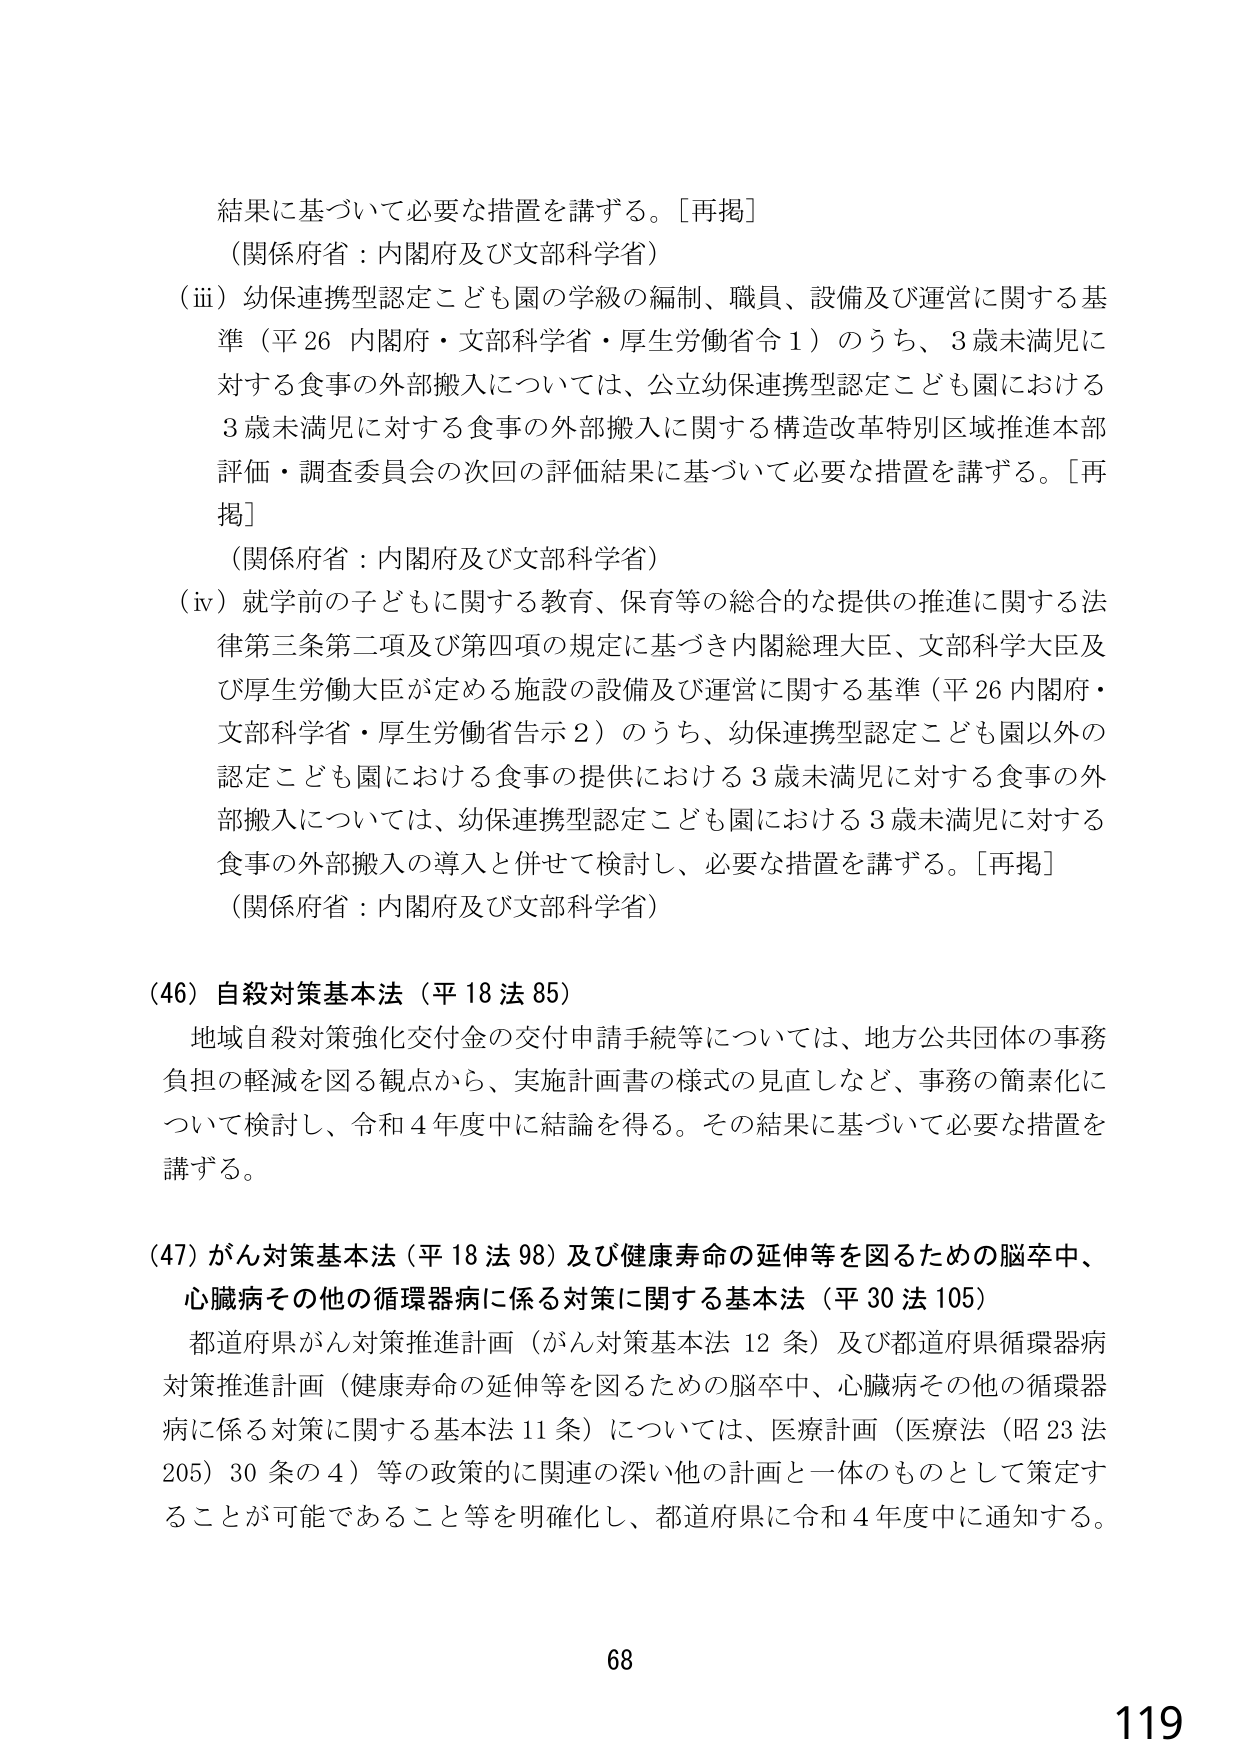
結果に基づいて必要な措置を講ずる。［再掲］
（関係府省：内閣府及び文部科学省）
（ⅲ）幼保連携型認定こども園の学級の編制、職員、設備及び運営に関する基準（平26 内閣府・文部科学省・厚生労働省令1）のうち、3歳未満児に対する食事の外部搬入については、公立幼保連携型認定こども園における3歳未満児に対する食事の外部搬入に関する構造改革特別区域推進本部評価・調査委員会の次回の評価結果に基づいて必要な措置を講ずる。［再掲］
（関係府省：内閣府及び文部科学省）
（ⅳ）就学前の子どもに関する教育、保育等の総合的な提供の推進に関する法律第三条第二項及び第四項の規定に基づき内閣総理大臣、文部科学大臣及び厚生労働大臣が定める施設の設備及び運営に関する基準（平26 内閣府・文部科学省・厚生労働省告示2）のうち、幼保連携型認定こども園以外の認定こども園における食事の提供における3歳未満児に対する食事の外部搬入については、幼保連携型認定こども園における3歳未満児に対する食事の外部搬入の導入と併せて検討し、必要な措置を講ずる。［再掲］
（関係府省：内閣府及び文部科学省）

（46）自殺対策基本法（平18法85）
地域自殺対策強化交付金の交付申請手続等については、地方公共団体の事務負担の軽減を図る観点から、実施計画書の様式の見直しなど、事務の簡素化について検討し、令和4年度中に結論を得る。その結果に基づいて必要な措置を講ずる。

（47）がん対策基本法（平18法98）及び健康寿命の延伸等を図るための脳卒中、心臓病その他の循環器病に係る対策に関する基本法（平30法105）
都道府県がん対策推進計画（がん対策基本法12条）及び都道府県循環器病対策推進計画（健康寿命の延伸等を図るための脳卒中、心臓病その他の循環器病に係る対策に関する基本法11条）については、医療計画（医療法（昭23法205）30条の4）等の政策的に関連の深い他の計画と一体のものとして策定することが可能であること等を明確化し、都道府県に令和4年度中に通知する。

68
119